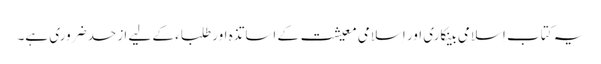
یہ کتاب اِسلامی بینکاری اور اِسلامی معیشت کے اساتذہ اور طلباء کے لیے اَز حد ضروری ہے۔